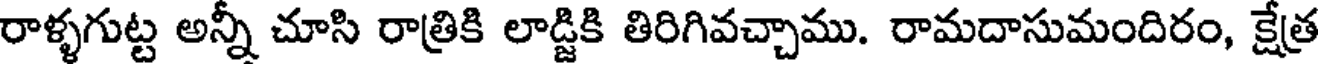
రాళ్ళగుట్ట అన్నీ చూసి రాత్రికి లాడ్జికి తిరిగివచ్చాము. రామదాసుమందిరం, క్షేత్ర